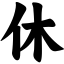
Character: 休